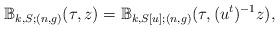
\begin{align*} \mathbb{B}_{k,S;(n,g)}(\tau,z) = \mathbb{B}_{k,S[u];(n,g)}(\tau, (u^t)^{-1} z),\end{align*}